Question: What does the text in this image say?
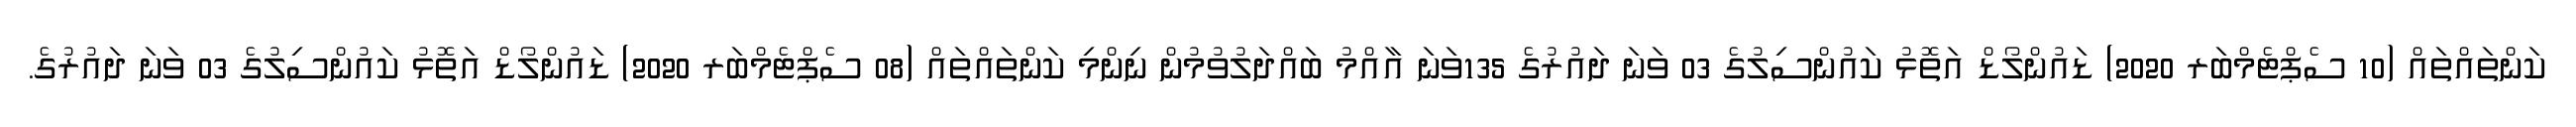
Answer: ކަންތައްތައް (10 ސެޕްޓެމްބަރ 2020) ޑައުންލޯޑް އަތޮޅު ކައުންސިލުގެ 03 ވަނަ ދައުރުގެ 135ވަނަ އާއްމު ބައްދަލުވުމުން ނިންމި ކަންތައްތައް (08 ސެޕްޓެމްބަރ 2020) ޑައުންލޯޑް އަތޮޅު ކައުންސިލުގެ 03 ވަނަ ދައުރުގެ.